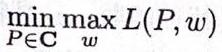
\[\min_{P\in\mathbf{C}}\max_{w}L(P, w)\]